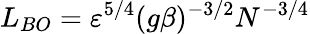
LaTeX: L_{BO}=\varepsilon^{5/4}(g\beta)^{-3/2}N^{-3/4}